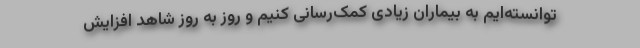
توانسته‌ایم به بیماران زیادی کمک‌رسانی کنیم و روز به روز شاهد افزایش